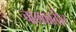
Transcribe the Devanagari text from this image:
चालकातील